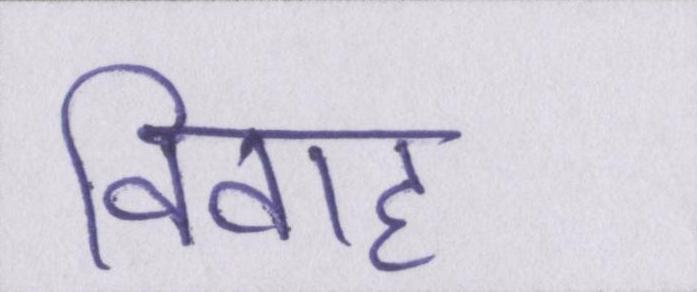
विवाह